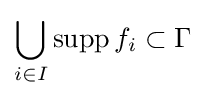
\bigcup \limits _{i\in I}\operatorname {supp} f_{i}\subset \Gamma